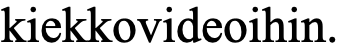
kiekkovideoihin.